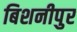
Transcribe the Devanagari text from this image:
बिशनीपुर